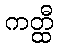
ကတ္ထီ